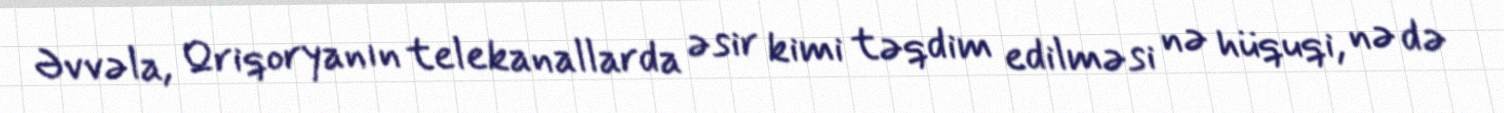
Əvvəla, Qriqoryanın telekanallarda əsir kimi təqdim edilməsi nə hüquqi, nə də